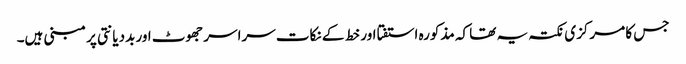
جس کا مرکزی نکتہ یہ تھا کہ مذکورہ استفتا اور خط کے نکات سراسر جھوٹ اور بددیانتی پر مبنی ہیں۔